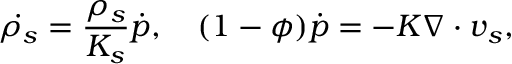
\dot { \rho _ { s } } = \frac { \rho _ { s } } { K _ { s } } \dot { p } , \quad ( 1 - \phi ) \dot { p } = - K \nabla \cdot \boldsymbol { v } _ { s } ,